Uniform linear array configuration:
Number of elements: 32
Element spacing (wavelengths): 0.25
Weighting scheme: hamming
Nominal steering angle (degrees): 45
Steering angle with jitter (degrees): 43.816
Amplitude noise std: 0.05
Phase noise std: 0.05

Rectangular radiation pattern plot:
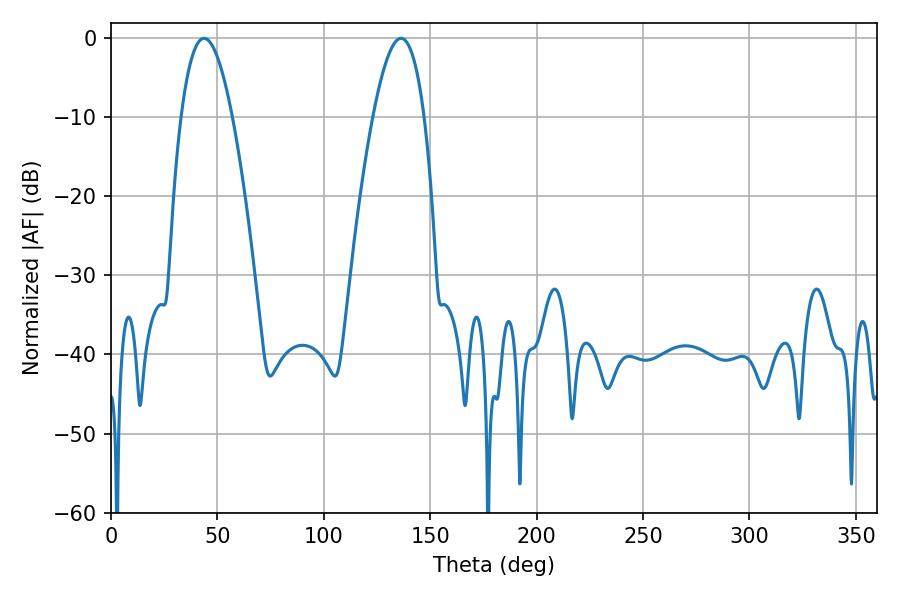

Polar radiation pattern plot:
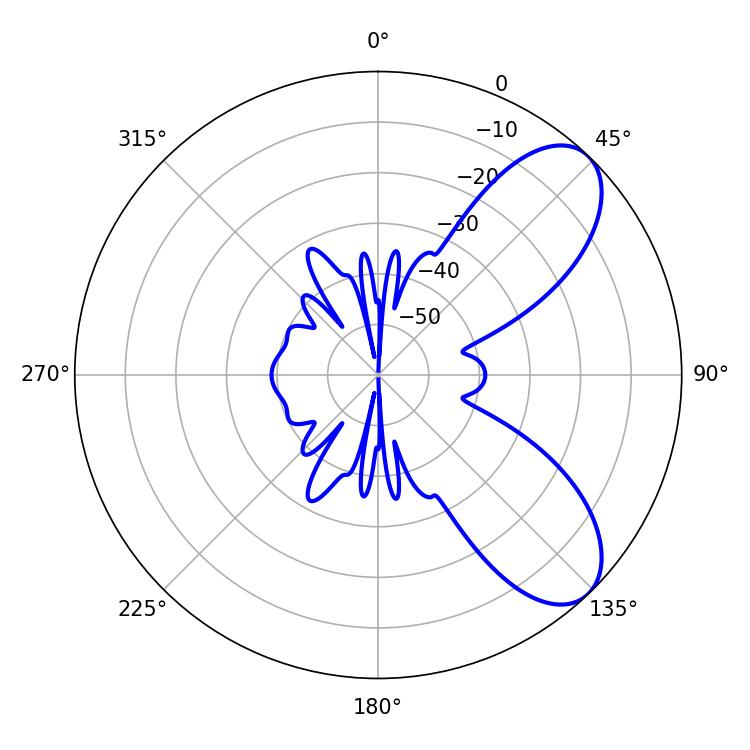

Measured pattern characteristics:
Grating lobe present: FALSE
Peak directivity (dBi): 7.629
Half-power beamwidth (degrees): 13.32
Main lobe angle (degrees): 43.74